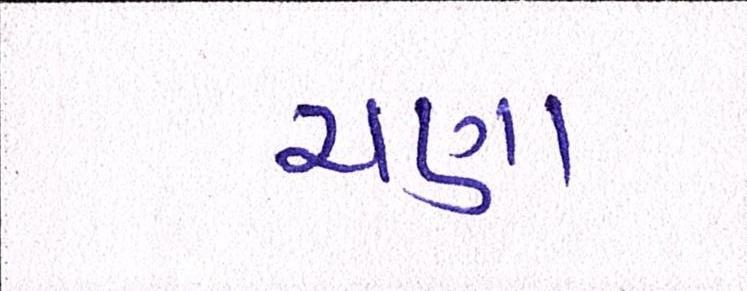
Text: ચણા